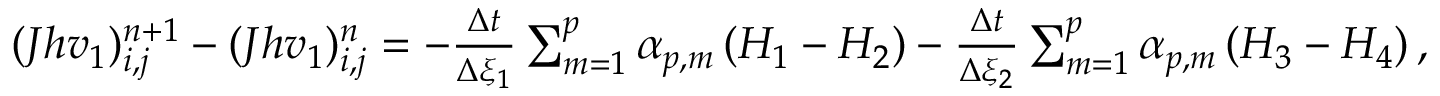
\begin{array} { r } { ( J h v _ { 1 } ) _ { i , j } ^ { n + 1 } - ( J h v _ { 1 } ) _ { i , j } ^ { n } = - \frac { \Delta t } { \Delta \xi _ { 1 } } \sum _ { m = 1 } ^ { p } \alpha _ { p , m } \left( H _ { 1 } - H _ { 2 } \right) - \frac { \Delta t } { \Delta \xi _ { 2 } } \sum _ { m = 1 } ^ { p } \alpha _ { p , m } \left( H _ { 3 } - H _ { 4 } \right) , } \end{array}